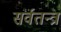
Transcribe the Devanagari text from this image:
सर्वतन्त्र